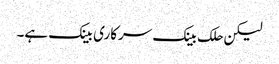
لیکن حلک بینک سرکاری بینک ہے۔